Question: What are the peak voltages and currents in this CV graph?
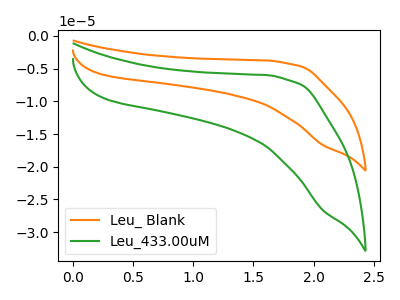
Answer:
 <answer>The orange curve "Leu_ Blank" has no peaks. The green curve "Leu_433.00uM" has no peaks.</answer>
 <eval></eval>